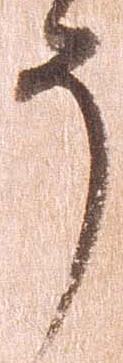
う